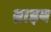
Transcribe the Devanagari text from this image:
ब्राइब